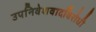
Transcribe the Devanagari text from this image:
उपनिवेशवादविरोधी